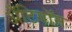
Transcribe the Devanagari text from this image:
अँटिगॉन